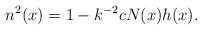
LaTeX: \begin{align*} n^2(x)=1-k^{-2}c N(x)h(x).\end{align*}